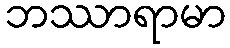
ဘဿာရာမာ